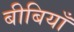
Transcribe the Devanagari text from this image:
बीबियाँ